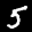
Label: 5